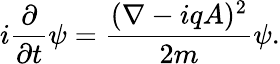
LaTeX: i{\frac{\partial}{\partial t}}\psi={\frac{(\nabla-iqA)^{2}}{2m}}\psi.